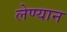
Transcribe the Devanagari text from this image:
लेण्यान